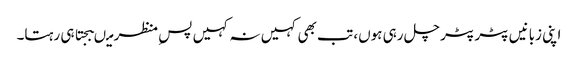
اپنی زبانیں پٹر پٹر چل رہی ہوں، تب بھی کہیں نہ کہیں پسِ منظر میںبجتا ہی رہتا۔